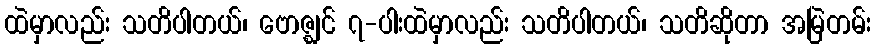
ထဲမှာလည်း သတိပါတယ်၊ ဗောဇ္ဈင် ၇-ပါးထဲမှာလည်း သတိပါတယ်၊ သတိဆိုတာ အမြဲတမ်း